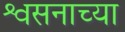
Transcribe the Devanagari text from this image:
श्वसनाच्या